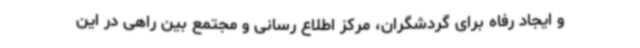
و ایجاد رفاه برای گردشگران، مرکز اطلاع رسانی و مجتمع بین راهی در این